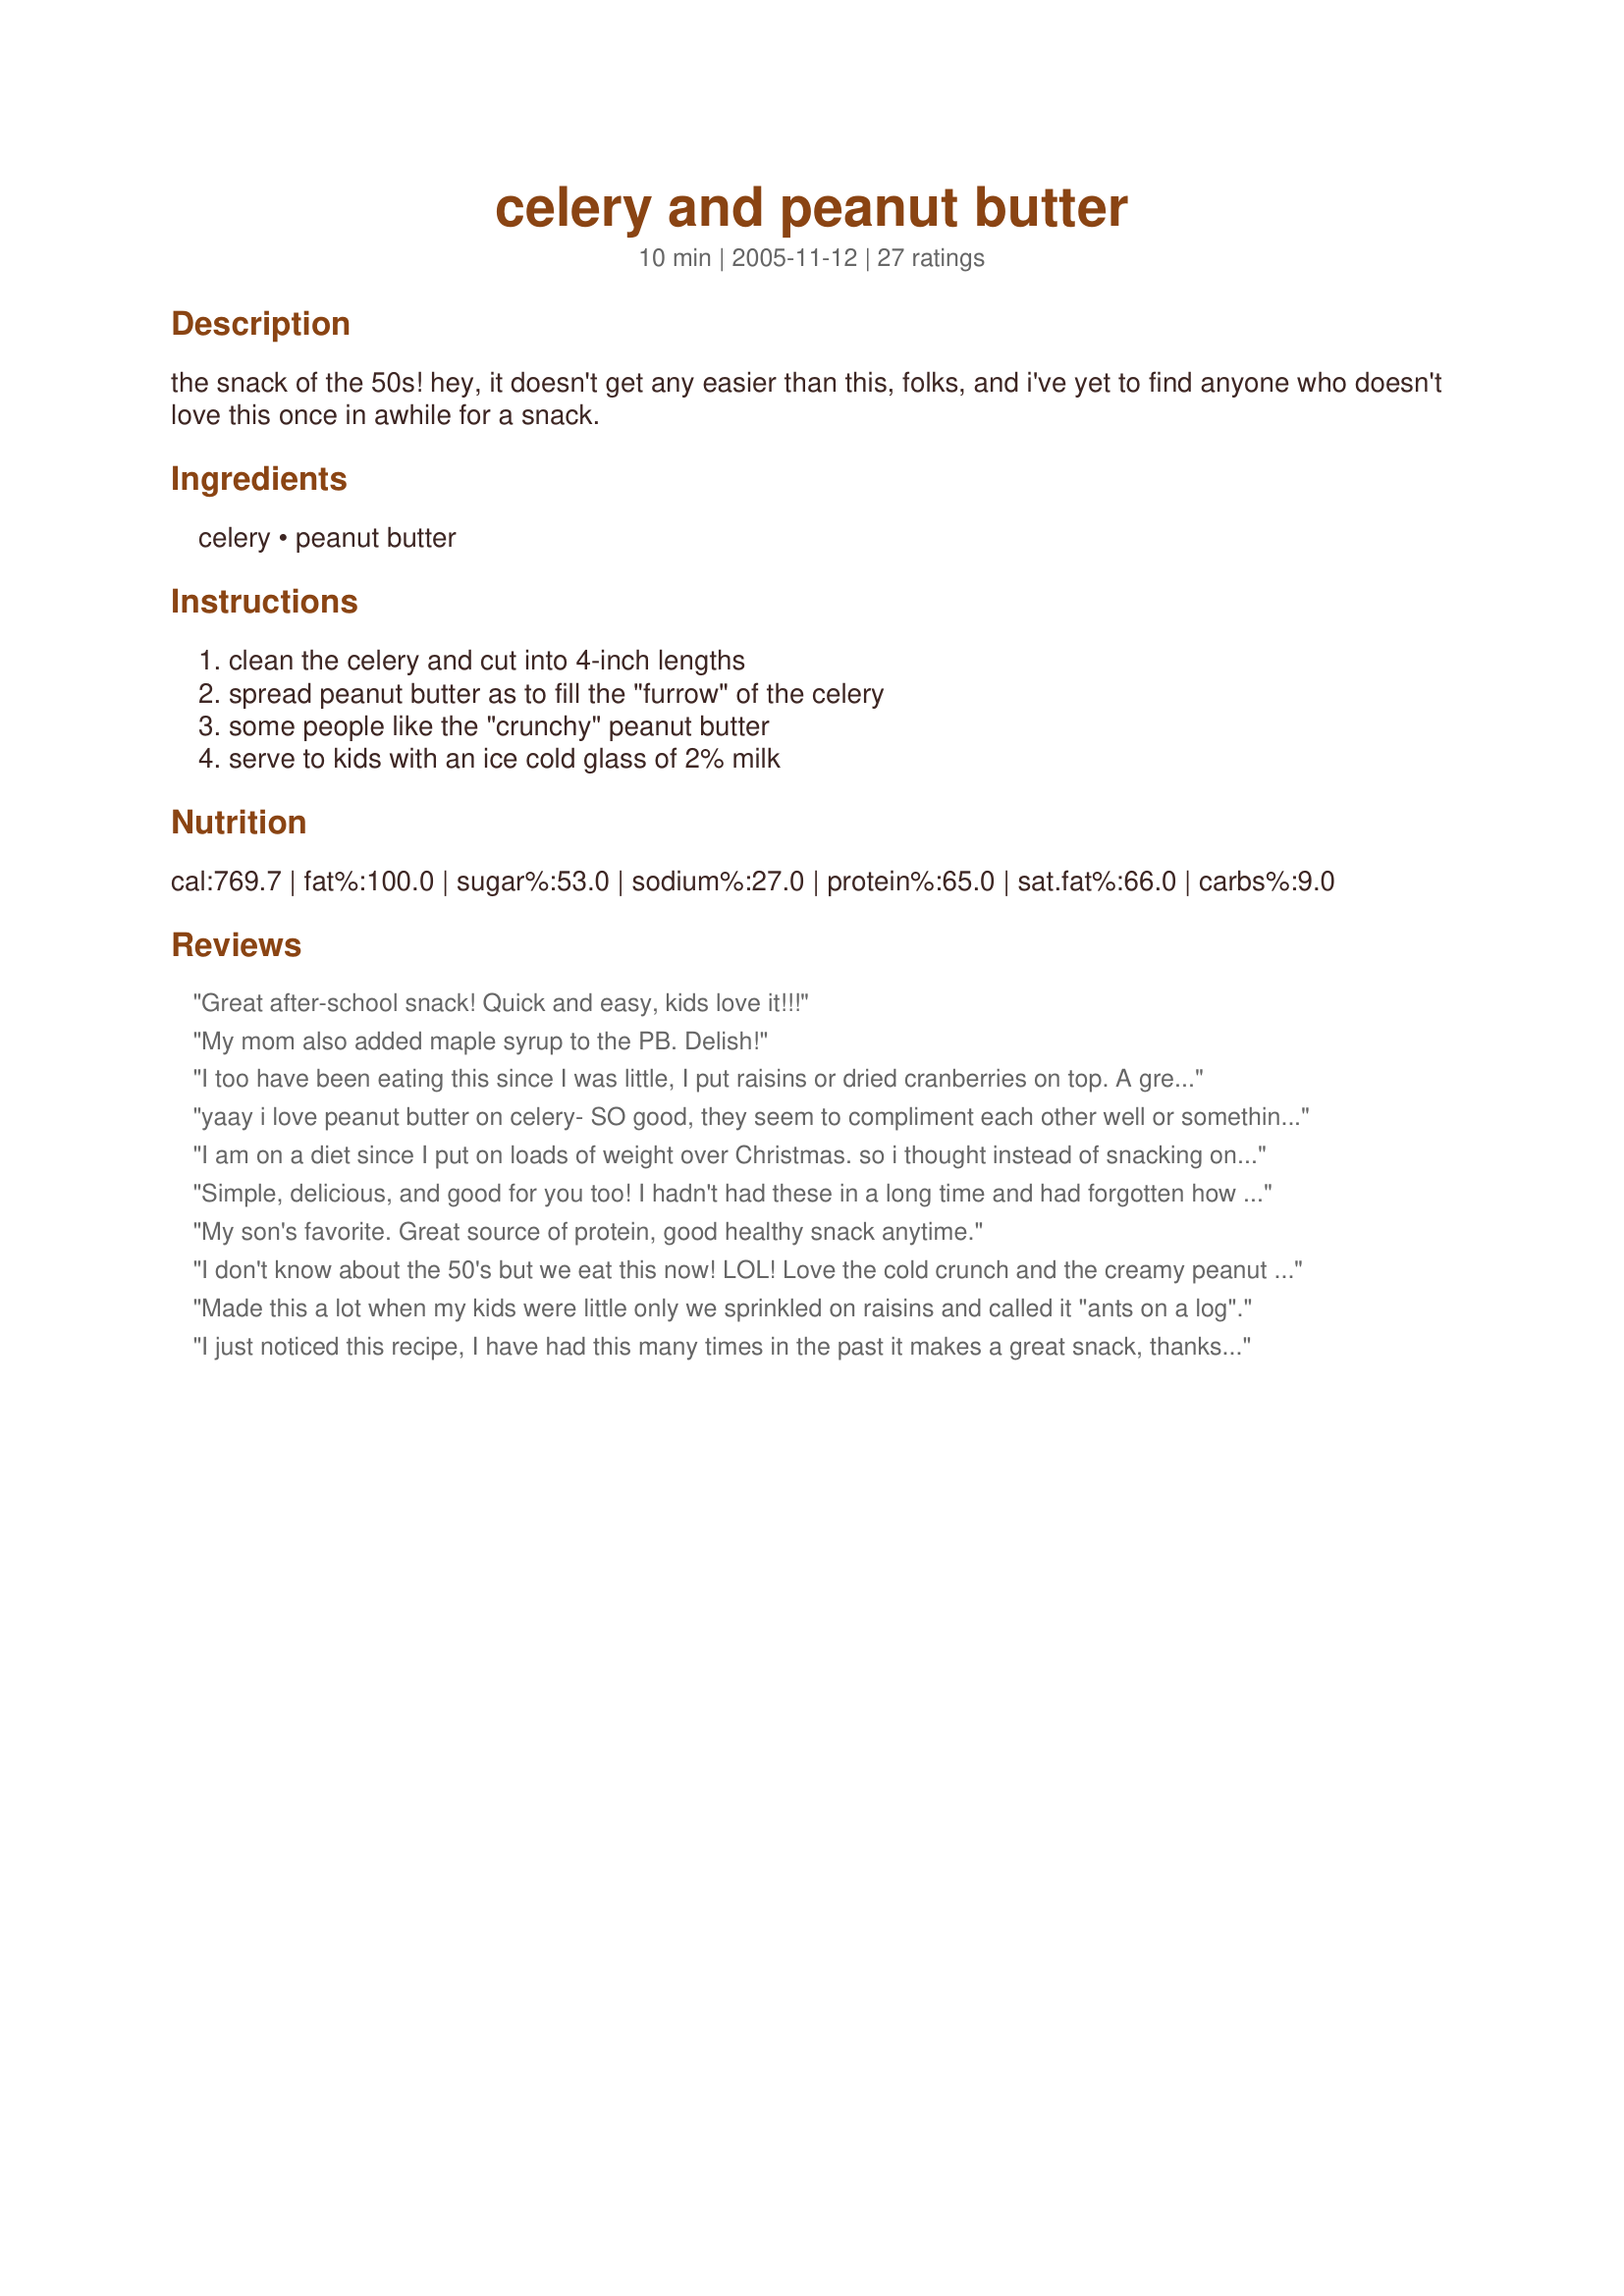
celery and peanut butter
Preparation time: 10 minutes

the snack of the 50s! hey, it doesn't get any easier than this, folks, and i've yet to find anyone who doesn't love this once in awhile for a snack.

Ingredients:
celery, peanut butter

Steps:
clean the celery and cut into 4-inch lengths, spread peanut butter as to fill the "furrow" of the celery, some people like the "crunchy" peanut butter, serve to kids with an ice cold glass of 2% milk

Reviews:
Great after-school snack! Quick and easy, kids love it!!!
My mom also added maple syrup to the PB. Delish!
I too have been eating this since I was little, I put raisins or dried cranberries on top. A great snack for young and old. 
My DS puts chocolate chips on it, weird with the celery but it works for him.
yaay i love peanut butter on celery- SO good, they seem to compliment each other well or something i suppose... the yare even more amazing with raisins or even craisins on top but they're lovely plain too. i seem to prefer the smooth peanut butter though so if this is the first time trying this recipe i would suggest the smooth pb first.
I am on a diet since I put on loads of weight over Christmas. so i thought instead of snacking on gf cookies and chocolatte, i would get my veggies in and i took one bite of the celery and hated it, but then i saw your recipe and had to try it, i could bearly taste the celery, thank you so much for posting, Miss Pixie x x x :)
Simple, delicious, and good for you too! I hadn't had these in a long time and had forgotten how good it is! Thanks for the reminder! :)
My son's favorite. Great source of protein, good healthy snack anytime.
I don't know about the 50's but we eat this now! LOL! Love the cold crunch and the creamy peanut butter. A true favorite in our house. Sometimes we even go all out and add rasins to to the top!
Made this a lot when my kids were little only we sprinkled on raisins and called it "ants on a log".
I just noticed this recipe, I have had this many times in the past it makes a great snack, thanks for sharing this Bones!...Kitz:)
Honey! Where's the honey mixed with the peanut butter? LOL That's how we grew up eating these treats and we still love them. Great recipe - one of those less is more types, simple & satisfying.
This is such a great way to get some veggies and protein into my children and grandchildren; this is an appetizer/snack that everybody enjoys. I got lots of good ideas for additons to these that I will use to change it up a bit. Thanks Bone Man!
I'm allergic to peanuts so I made this with Cashew butter and it was quick, easy, and really enjoyable.
A favorite snack at our house. We all love this recipe. Hubby has to have Reese's peanut butter or it just doesn't taste right LOL.
The best way to eat celery--haha! I've made this dozens of times-easy, quick and good. And peanut butter is a great protein fix.
My aunt used to make me these when I went over to her house. She also makes celery with cream cheese. Simple and good. Very kid friendly. When I make them, I use less PB.
I never had this when I was growing up (in the sixties) but now I'm on a high protein diet, and this was one of the suggested snacks. I resisted trying it, but finally gave it a try when I had some cravings. WOW! This is REALLY good!
I tried this on a vacation to Canada, and when I saw it, I thought that the idea of celery and peanut butter was strange at first, but when I tried it, delicious! It is a healthy snack with an unique and pleasing flavor. Thank you Bone Man for bringing back good memories.
We loved it!! lovely crispy crunchy snack. I used the crunchy peanut butter. I'll be making this a lot, thanks for sharing a snack I had never thought of, wonderfull!!
This is one of my favorite snacks...I sometimes use cream cheese or velveeta cheese instead. The kids add raisins on theirs and call it ants on a log'
I gave this 5 stars. I love celery stuffed with peanut butter it makes a great snack. My newphew has this with raisins on top of the peanut butter and they call them ants on a log. Thanks for posting a great recipe! Christine (internetnut)
Simple to make, delicious and good for you snack. Just what I was looking for. I had forgotten all about that yummy snack that I used to make for my sons in the 1960's. Thanks for reminding me. Love it. Will try the honey and raisin variations sometime too.
P.S. Celery is also good stuffed with Cheez Whiz or grated cheddar cheese. :) :) Burnice
This takes me back to when I was younger! I still crave this snack sometimes.
Maybe I'm doing something wrong here...but the celery kept getting stuck to the roof of my mouth with the peanut butter. I started choking and luckily my sister was close by and could help. I think I'll stick to carrots and salad dressing. I usually don't choke.
I always had this growing up and loved it! Just a tip for the other reviewers who want the added honey, the Peter Pan Honey Roast is WONDERFUL!!! I like the creamy best for flavor. I will be getting my 4 year old son to help me make this, because his homework is to make a healthy snack together and talk about the ingredients and tools. Thank you for posting.
Too funny...DH and I had this with sandwiches just the other night! In my opinion though, they are best eaten shortly after being made as the peanut butter gets crusty if refrigerated and the celery loses its crunch if not refrigerated. Thanks for posting!!
 you can print this out for the kids to do as a recipe for helping for thanksgiving and talk to them about the vitamins it has thanks for posting dee
